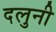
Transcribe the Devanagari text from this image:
दलुनी